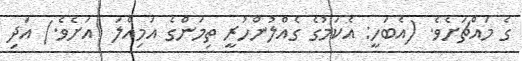
ގެ މައްޗަށެވެ. (އެބަހީ: އެކަމުގެ ގެއްލުންހުރީ ތިމަންގެ އަމިއްލަ  އަށެވެ.) އަދި